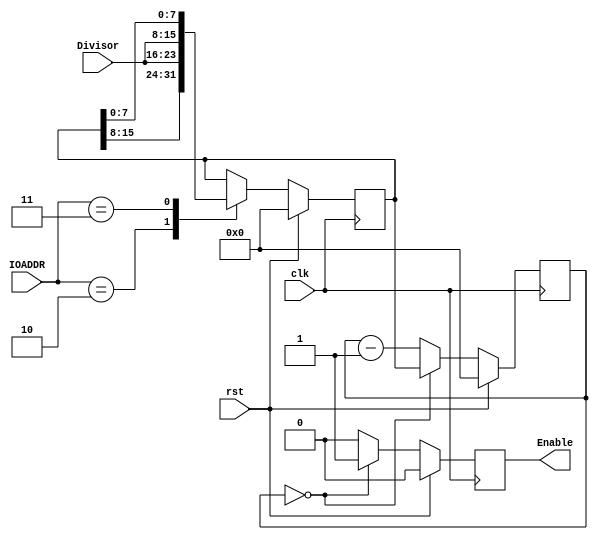
`timescale 1ns / 1ps
//////////////////////////////////////////////////////////////////////////////////
// Company: 
// Engineer: 
// 
// Design Name: 
// Module Name:    BAUD_Rate_Gen 
// Project Name: 
// Target Devices: 
// Tool versions: 
// Description: 
//
// Dependencies: 
//
// Revision: 
// Revision 0.01 - File Created
// Additional Comments: 
//
//////////////////////////////////////////////////////////////////////////////////


module BAUD_Rate_Gen( input clk, rst, input [7:0] Divisor, input [1:0] IOADDR, output reg Enable);

	localparam LOAD_LOW = 2'b10;
	localparam LOAD_HIGH = 2'b11;

	reg [15:0] Divisor_Buffer, Counter;

	/**
	* Load value into Divisor_Buffer.
	*/
    always @(posedge clk)
		if ( rst )
			Divisor_Buffer <= 16'h0000;
		else
			case ( IOADDR )
				LOAD_LOW:		Divisor_Buffer <= {Divisor_Buffer[15:8],Divisor};
				LOAD_HIGH:		Divisor_Buffer <= {Divisor, Divisor_Buffer[7:0]};
				default:	Divisor_Buffer <= Divisor_Buffer;
			endcase
	
	/**
	* Count down and set enable signal.
	*/
	always @(posedge clk)
		if ( rst ) begin
			Counter <= 16'h0000;
			Enable <= 0;
		end
		else if (Counter == 16'h0000) begin
			Counter <= Divisor_Buffer;
			Enable <= 1;
		end
		else begin
			Counter <= Counter - 1;
			Enable <= 0;
		end

endmodule //BAUD_Rate_Gen